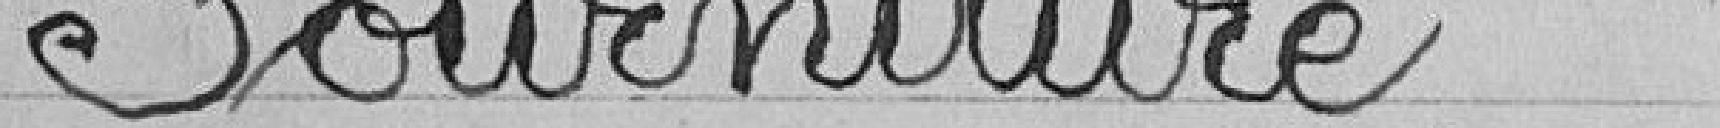
Fourniture